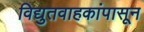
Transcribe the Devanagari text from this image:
विद्युतवाहकांपासून